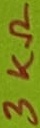
Text: 3KΩ